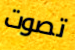
تصوت